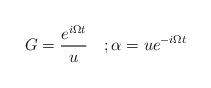
LaTeX: \begin{align*}G=\frac{e^{i\Omega t}}u\quad ;\alpha =ue^{-i\Omega t}\end{align*}